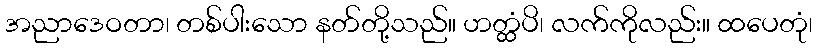
အညာဒေဝတာ၊ တစ်ပါးသော နတ်တို့သည်။ ဟတ္ထံပိ၊ လက်ကိုလည်း။ ထပေတုံ၊